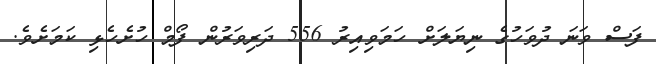
ފަސް ވަނަ ދުވަހުގެ ނިޔަލަށް ހަމަވިއިރު 556 ދަރިވަރުން ފޯމް ހުށެހެޅި ކަމަށެވެ.